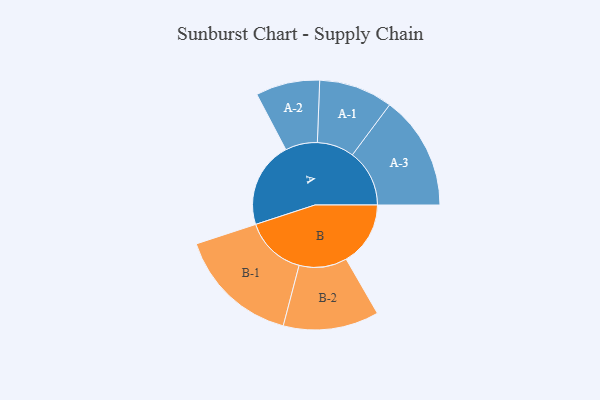
{"axis": {"x": "Segment", "y": "Value"}, "legend": ["", "A", "B"], "data": [{"x": "A", "y": 419, "type": ""}, {"x": "B", "y": 313, "type": ""}, {"x": "A-1", "y": 180, "type": "A"}, {"x": "A-2", "y": 156, "type": "A"}, {"x": "A-3", "y": 278, "type": "A"}, {"x": "B-1", "y": 298, "type": "B"}, {"x": "B-2", "y": 233, "type": "B"}]}